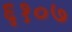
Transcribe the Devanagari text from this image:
६१०७